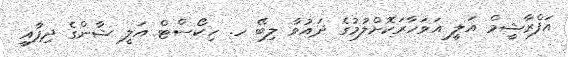
އަފްރާޝީމް އަލީ އަވަހާރަކޮށްލުމުގެ ދައުވާ ލިބޭ ހ. ހިކޯސްޓް އަލީ ޝާންގެ ދިފާއީ